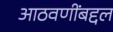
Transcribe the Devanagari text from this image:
आठवणींबद्दल